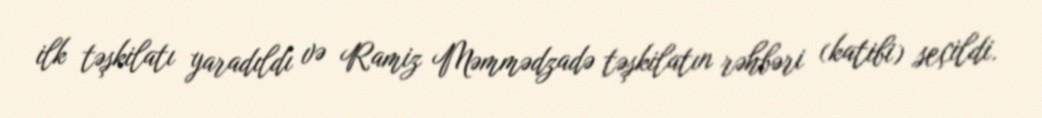
ilk təşkilatı yaradıldı və Ramiz Məmmədzadə təşkilatın rəhbəri (katibi) seçildi.